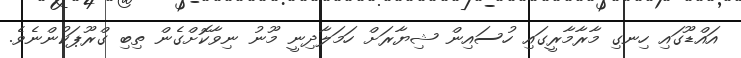
އައްޑޫގައި ހިނގި މާރާމާރީގައި ހުސައިން ޝިޔާރަށް ހަމަލާދިނީ މޫނު ނިވާކޮށްގެން ތިބި ގްރޫޕަކުންނެވެ.